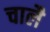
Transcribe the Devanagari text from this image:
चालै